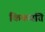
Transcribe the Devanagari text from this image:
किकयति